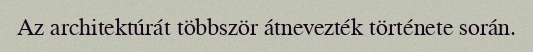
Az architektúrát többször átnevezték története során.